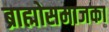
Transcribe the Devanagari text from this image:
ब्राह्मोसमाजका